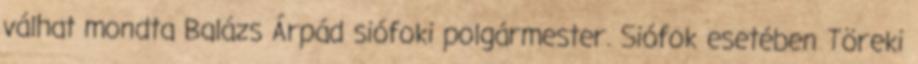
válhat mondta Balázs Árpád siófoki polgármester. Siófok esetében Töreki